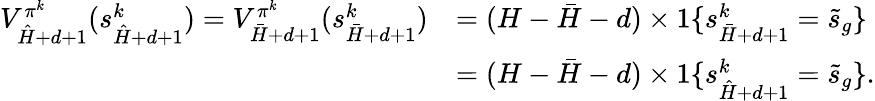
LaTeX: \begin{array}{rl}{V_{\hat{H}+d+1}^{\pi^{k}}(s_{\hat{H}+d+1}^{k})=V_{\bar{H}+d+1}^{\pi^{k}}(s_{\bar{H}+d+1}^{k})}&{=(H-\bar{H}-d)\times 1\{ s_{\bar{H}+d+1}^{k}=\tilde{s}_{g}\} }\\ &{=(H-\bar{H}-d)\times 1\{ s_{\hat{H}+d+1}^{k}=\tilde{s}_{g}\} .}\end{array}